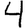
Digit: 4